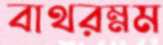
বাথরম্নম